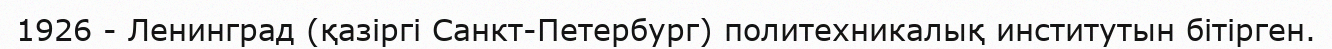
1926 - Ленинград (қазіргі Санкт-Петербург) политехникалық институтын бітірген.